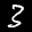
Label: 3